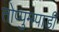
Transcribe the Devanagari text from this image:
तोप्पुमपाडी